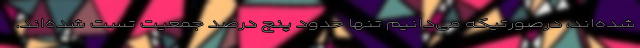
شده‌اند، درصورتیکه می‌دانیم تنها حدود پنج درصد جمعیت تست شده‌اند.